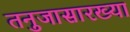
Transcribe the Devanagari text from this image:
तनुजासारख्या